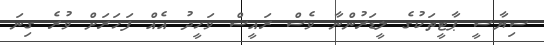
ސިޔާސީ ޕާޓީތަކުގެ ލީޑަރުންނާ ވެސް ރައީސް ވަހީދު އެއް ފަހަރަށް ވުރެ ގިނަ